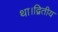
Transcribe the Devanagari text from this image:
था।द्वितीय